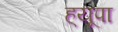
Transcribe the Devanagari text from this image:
ह्‌यूपा